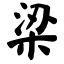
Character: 梁